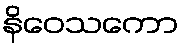
နိဝေသကော